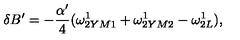
\delta B ^ { \prime } = - { \frac { \alpha ^ { \prime } } { 4 } } ( \omega _ { 2 Y M 1 } ^ { 1 } + \omega _ { 2 Y M 2 } ^ { 1 } - \omega _ { 2 L } ^ { 1 } ) ,